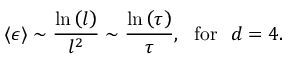
\langle \epsilon \rangle \sim \frac { \ln \left( l \right) } { l ^ { 2 } } \sim \frac { \ln \left( \tau \right) } { \tau } , ~ ~ \mathrm { f o r } ~ ~ d = 4 .